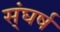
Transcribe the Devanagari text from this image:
स्ंघर्ष